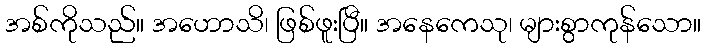
အစ်ကိုသည်။ အဟောသိ၊ ဖြစ်ဖူးပြီ။ အနေကေသု၊ များစွာကုန်သော။